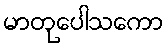
မာတုပေါသကော